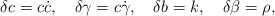
\begin{align*}\delta c = c \dot{c}, \hspace{1em} \delta \gamma = c \dot{\gamma}, \hspace{1em} \delta b = k, \hspace{1em} \delta \beta = \rho,\end{align*}